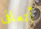
أتعافى